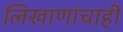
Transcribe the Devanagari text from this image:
लिखाणांचाही